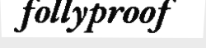
follyproof